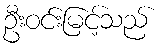
ဦးဝင်းမြင့်သည်